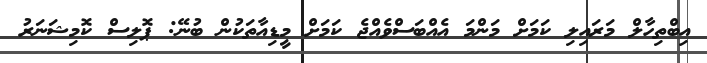
އިބްތިހާލް މަރައިލި ކަމަށް މަންމަ އެއްބަސްވެއްޖެ ކަމަށް މީޑިއާތަކުން ބުނޭ: ޕޮލިސް ކޮމިޝަނަރު